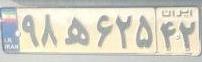
۹۸ه۶۲۵۴۲